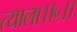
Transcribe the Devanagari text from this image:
त्याला।।५।।